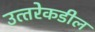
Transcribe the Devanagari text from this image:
उत्‍तरेकडील